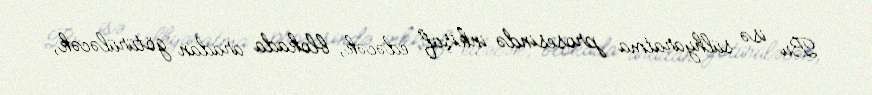
Bu isə sülhyaratma prosesində inkişaf edəcək, blokada aradan götürüləcək,